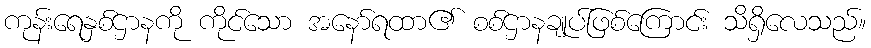
ကုန်းရေနှစ်ဌာနကို ကိုင်သော အနော်ရထာ၏ စစ်ဌာနချုပ်ဖြစ်ကြောင်း သိရှိလေသည်။